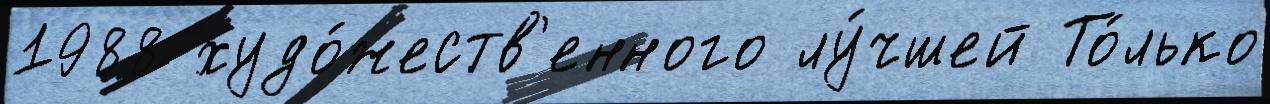
1988 худо́жеств'енного лу́чшей То́лько